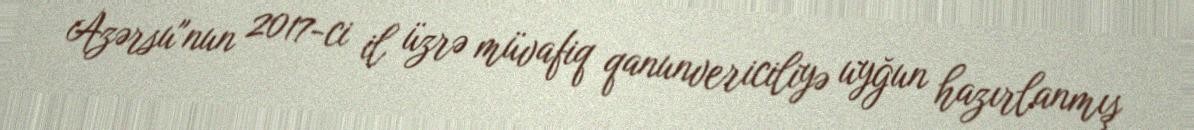
Azərsu"nun 2017-ci il üzrə müvafiq qanunvericiliyə uyğun hazırlanmış